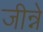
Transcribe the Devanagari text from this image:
जीन्ने